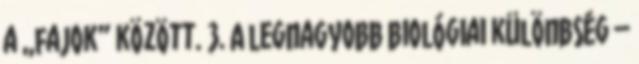
a „fajok” között. 3. A legnagyobb biológiai különbség –